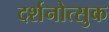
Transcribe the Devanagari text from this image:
दर्शनोत्सुक